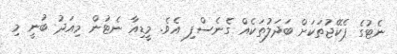
ނެޓުގެ ޕެކޭޖުތަކަށް ބަދަލުތަކެއް ގެނެސްފި އެވެ. މީޑިއާ ނެޓުން މިއަދު ބުނީ މި